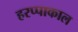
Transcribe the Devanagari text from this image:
हरप्पाकाल